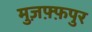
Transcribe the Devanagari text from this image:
मुज़फ़्फ़पुर